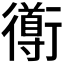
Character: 𲀣